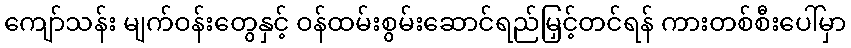
ကျော်သန်း မျက်ဝန်းတွေနှင့် ဝန်ထမ်းစွမ်းဆောင်ရည်မြှင့်တင်ရန် ကားတစ်စီးပေါ်မှာ